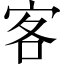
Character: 客